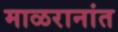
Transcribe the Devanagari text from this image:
माळरानांत